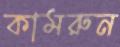
কামরুন